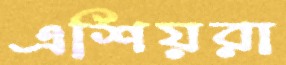
এশিয়রা